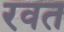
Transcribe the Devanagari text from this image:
रवत